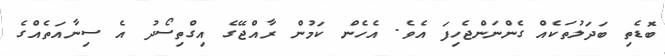
ބޮޑެތި ބަދަލުތަކެއް ގެންނަންޖެހިފަ އެވެ. އެހެން ކަމުން ރާއްޖޭގެ އިގްތިސޯދު އެ ސިނާއަތެއްގެ